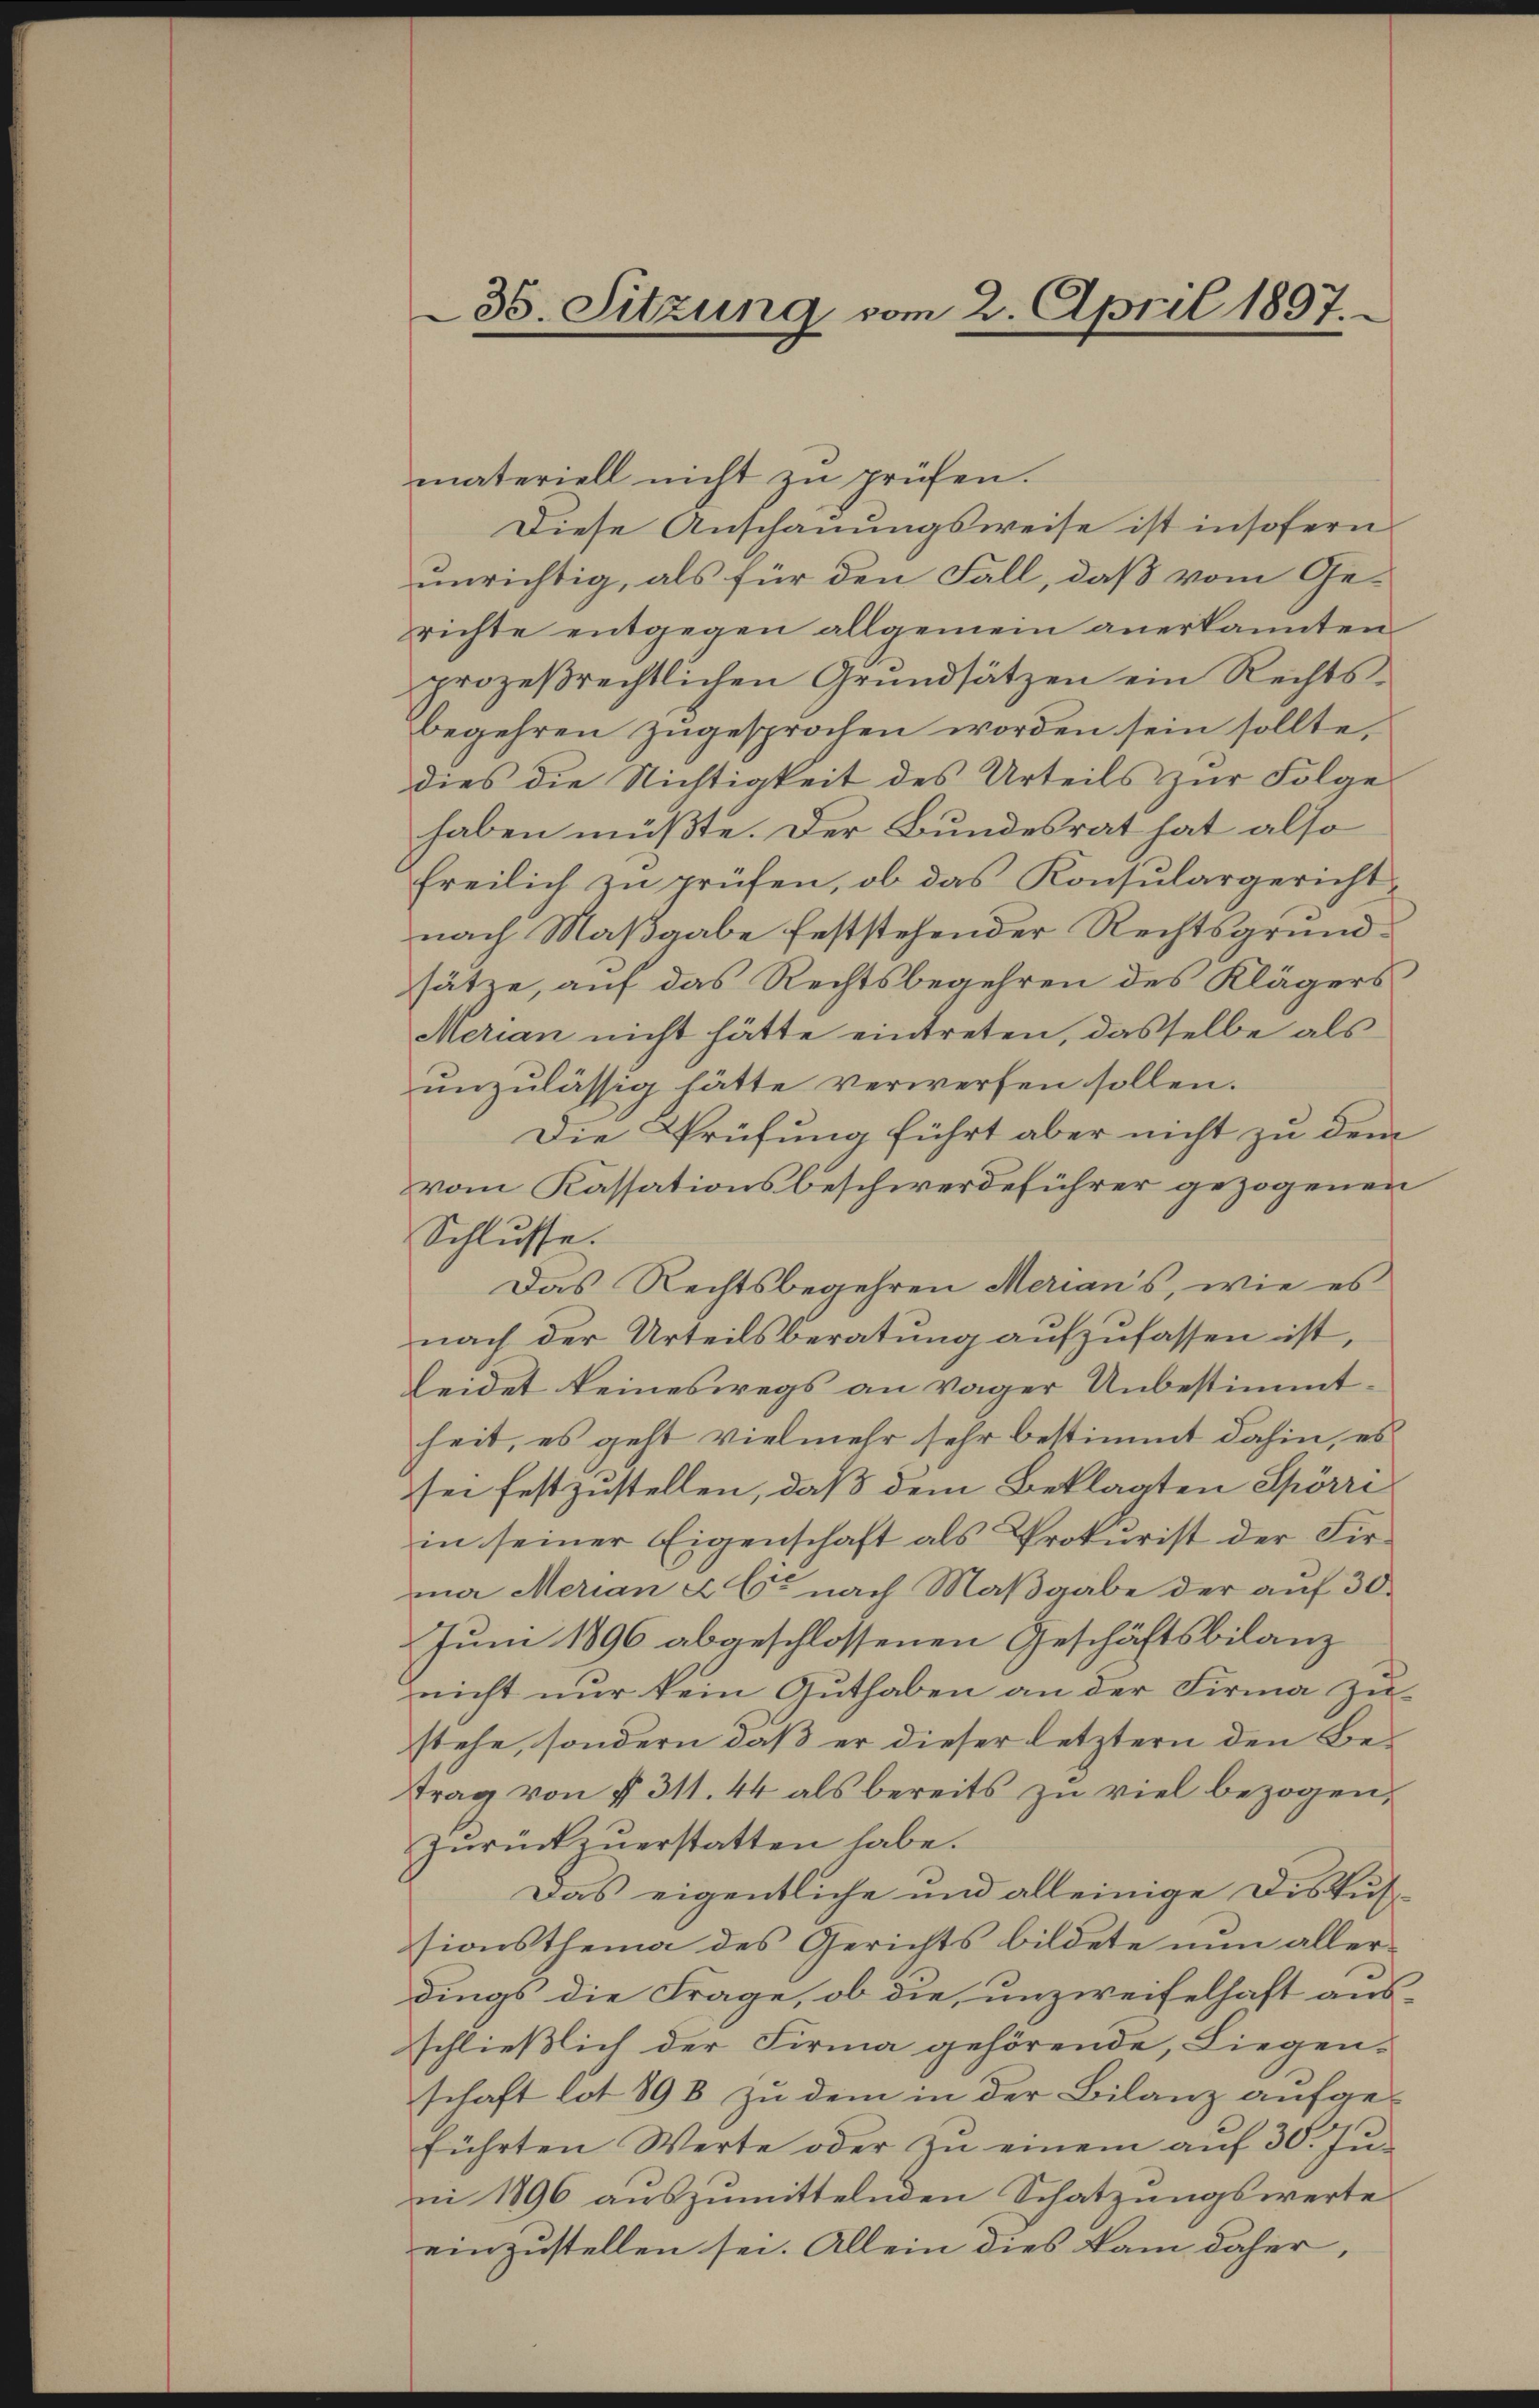
35. Sitzung vom 2. April 1897.

materiell nicht zu prüfen.
Diese Anschauungsweise ist insofern
unrichtig, als für den Fall, daß vom Ge-
richte entgegen allgemein anerkannten
prozeβrechtlichen Grŭndsätzen ein Rechts-
begehren zugesprochen worden sein sollte,
dies die Nichtigkeit des Urteils zŭr Folge
haben müßte. Der Bundesrat hat also
freilich zu prüfen, ob das Konsulargericht,
nach Maßgabe feststehender Rechtsgrundsätze, auf das Rechtsbegehren des Klägers
Merian nicht hätte eintreten, dasselbe als
unzulässig hätte verwerfen sollen.
Die Prüfung führt aber nicht zu dem
vom Kassationsbeschwerdeführer gezogenen
Schlusse.
Das Rechtsbegehren Merian’s, wie es
nach der Urteilsberatung aufzufassen ist,
Leidet keineswegs an vager Unbestimmtheit, es geht vielmehr sehr bestimmt dahin, es
sei festzustellen, daß dem Beklagten Spörri
in seiner Eigenschaft als Prokurist der Firma Merian a Co nach Maßgabe der auf 30.
Juni 1896 abgeschlossenen Geschäftsbilanz
nicht nur kein Guthaben an der Firma Zu-
stehe, sondern daß er dieser letztern den Be-
trag von § 311. 44 als bereits zu viel bezogen,
zŭrückzŭerstatten habe.
Das eigentliche und alleinige Diskus-
sionsthema des Gerichts bildete nun aller-
dings die Frage, ob die, unzweifelhaft ausschließlich der Firma gehörende, Liegen-
schaft lot 898 zu dem in der Bilanz aufgeführten Werte oder zu einem auf 30. Juni 1896 auszumittelnden Schatzungswerte
einzustellen sei. Allein dies kam daher,